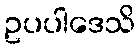
ဥပပါဒေသိ